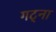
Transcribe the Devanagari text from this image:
गट्ना